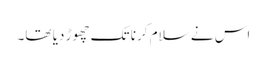
اس نے سلام کرنا تک چھوڑ دیا تھا۔